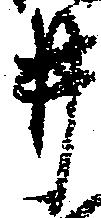
井